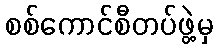
စစ်ကောင်စီတပ်ဖွဲ့မှ